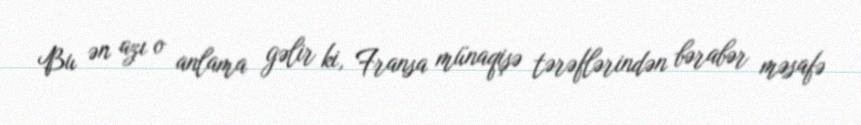
Bu ən azı o anlama gəlir ki, Fransa münaqişə tərəflərindən bərabər məsafə